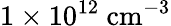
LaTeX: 1\times 10^{12}\ \mathrm{cm^{-3}}